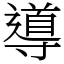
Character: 導